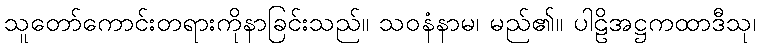
သူတော်ကောင်းတရားကိုနာခြင်းသည်။ သဝနံနာမ၊ မည်၏။ ပါဠိအဋ္ဌကထာဒီသု၊